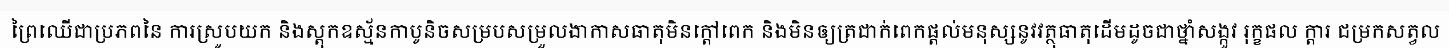
ព្រៃឈើជាប្រភពនៃ ការស្រូបយក និងស្តុកឧស្ម័នកាបូនិចសម្របសម្រួលងាកាសធាតុមិនក្តៅពេក និងមិនឲ្យត្រជាក់ពេកផ្តល់មនុស្សនូវវត្ថុធាតុដើមដូចជាថ្នាំសង្កូវ រុក្ខផល ក្តារ ជម្រកសត្វល